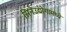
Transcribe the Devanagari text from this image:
सिनेउद्योगामध्ये